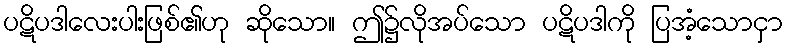
ပဋိပဒါလေးပါးဖြစ်၏ဟု ဆိုသော။ ဤ၌လိုအပ်သော ပဋိပဒါကို ပြအံ့သောငှာ